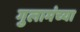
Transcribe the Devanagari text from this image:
गुलामंच्या